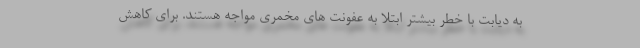
به دیابت با خطر بیشتر ابتلا به عفونت های مخمری مواجه هستند. برای کاهش